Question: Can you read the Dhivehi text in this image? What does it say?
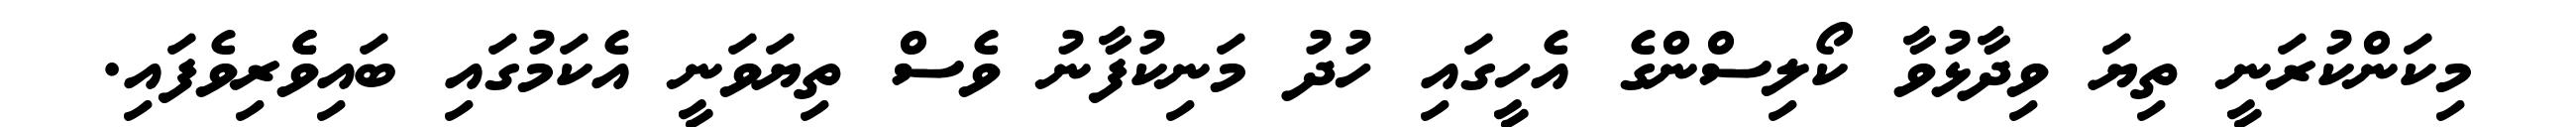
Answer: މިކަންކުރަނީ ތިޔަ ވިދާޅުވާ ކޯލިސްންގެ އެހީގައި ހުދު މަނިކުފާނު ވެސް ތިޔަވަނީ އެކަމުގައި ބައިވެެރިވެފައި.